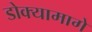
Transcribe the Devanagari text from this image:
डोक्यामागे